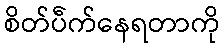
စိတ်ပဵက်နေရတာကို